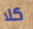
كلا